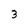
Character: 3